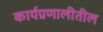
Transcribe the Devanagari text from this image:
कार्यप्रणालीतील